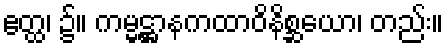
ဧတ္ထ၊ ၌။ ကမ္မဋ္ဌာနကထာဝိနိစ္ဆယော၊ တည်း။